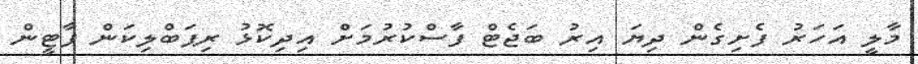
މާލީ އަހަރު ފެށިގެން ދިޔަ އިރު ބަޖެޓް ފާސްކުރުމަށް އިދިކޮޅު ރިޕަބްލިކަން ޕާޓީން